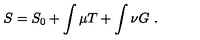
S = S _ { 0 } + \int \mu T + \int \nu G \ .